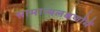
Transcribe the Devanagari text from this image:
सामान्यलक्षणोंमें